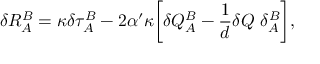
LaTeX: \delta R _ { A } ^ { B } = \kappa \delta \tau _ { A } ^ { B } - 2 \alpha ^ { \prime } \kappa \biggl [ \delta { \cal Q } _ { A } ^ { B } - \frac { 1 } { d } \delta { \cal Q } ~ \delta _ { A } ^ { B } \biggr ] ,